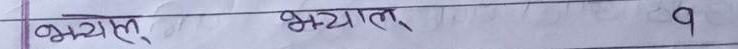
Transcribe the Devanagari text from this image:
भ्याउ, भ्यालर १